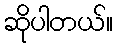
ဆိုပါတယ်။